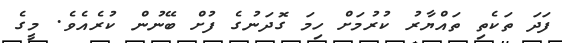
ފަދަ ތަކެތި ތައްޔާރު ކުރުމަށް ހިމަ ގޮދަނުގެ ފުށް ބޭނުން ކުރެއެވެ. މީގެ